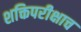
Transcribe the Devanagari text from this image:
शक्तिपरीक्षाच